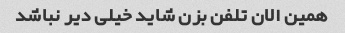
همین الان تلفن بزن شاید خیلی دیر نباشد